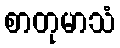
စာတုမာသံ